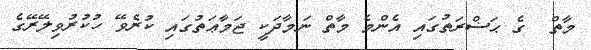
މާތް  ގެ ޙަޟްރަތުގައި އެންމެ މާތް ނަމާދަކީ ޖަމާޢަތުގައި ކުރެވޭ ހުކުރުވިލޭރޭގެ